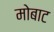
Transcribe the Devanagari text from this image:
मोबाट